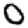
Digit: 0